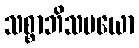
သစ္စာဘိသမယော